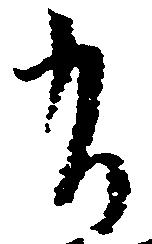
有